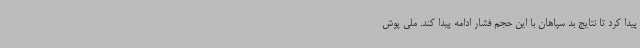
پیدا کرد تا نتایج بد سپاهان با این حجم فشار ادامه پیدا کند. ملی پوش